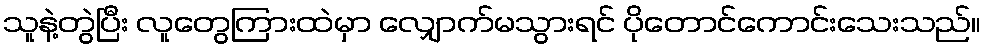
သူနဲ့တွဲပြီး လူတွေကြားထဲမှာ လျှောက်မသွားရင် ပိုတောင်ကောင်းသေးသည်။